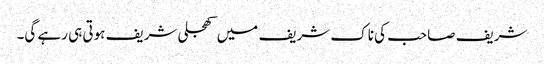
شریف صاحب کی ناک شریف میں کھجلی شریف ہوتی ہی رہے گی۔